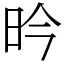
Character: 昑